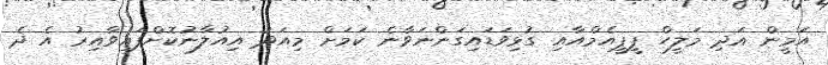
އަމީން އަދި މަލީހް ޕީޕީއެމްއާއި ގުޅިވަޑައިގަންނަވާނެ ކަމަށް މިއަދު އިއުލާނުކޮށްފައިވާއިރު އެ ދެ